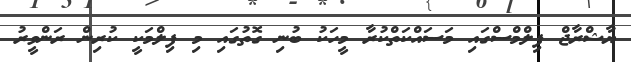
ޔާޝްރާޖް ފިލްމްސްގައި މަސައްކަތްކުރާ މީހަކު ބުނި ގޮތުގައި މި ފިލްމަކީ ކުރިން ރަންވީރު